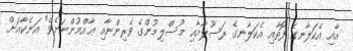
އާއި އެކަލާނގެ ފޮތާއި އެކަލާނގެ ރަސޫލާއާއި މުސްލިމުންގެ ވެރިންނާއި ޢާއްމުންނަށެވެ" އަނެކާއަށް